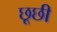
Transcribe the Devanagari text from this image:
छूछी